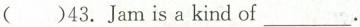
( )43. Jam is a kind of ___.